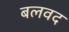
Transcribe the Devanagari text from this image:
बलवद